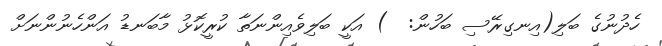
ހެދުނުގެ ބަލި(އިނގިރޭސި ބަހުން:  ) އަކީ ބަލިވެއިންނަތާ ކުރީކޮޅު މާބަނޑު އަންހެނުންނަށް